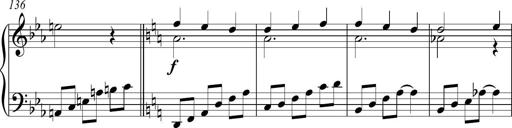
Title: Piano Sonatina in C
Composer: Daniel LÃ©o Simpson
Key: C major